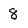
Character: 8